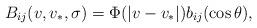
LaTeX: \begin{align*}B_{ij}(v,v_*,\sigma) = \Phi(|v-v_*|) b_{ij}(\cos\theta),\end{align*}